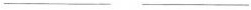
___ ___